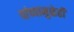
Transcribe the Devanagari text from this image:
यांच्यामुळेही